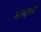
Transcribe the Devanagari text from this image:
मसरू